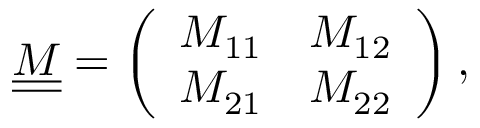
\begin{array} { r } { \underline { { \underline { { M } } } } = \left( \begin{array} { l l } { M _ { 1 1 } } & { M _ { 1 2 } } \\ { M _ { 2 1 } } & { M _ { 2 2 } } \end{array} \right) , } \end{array}